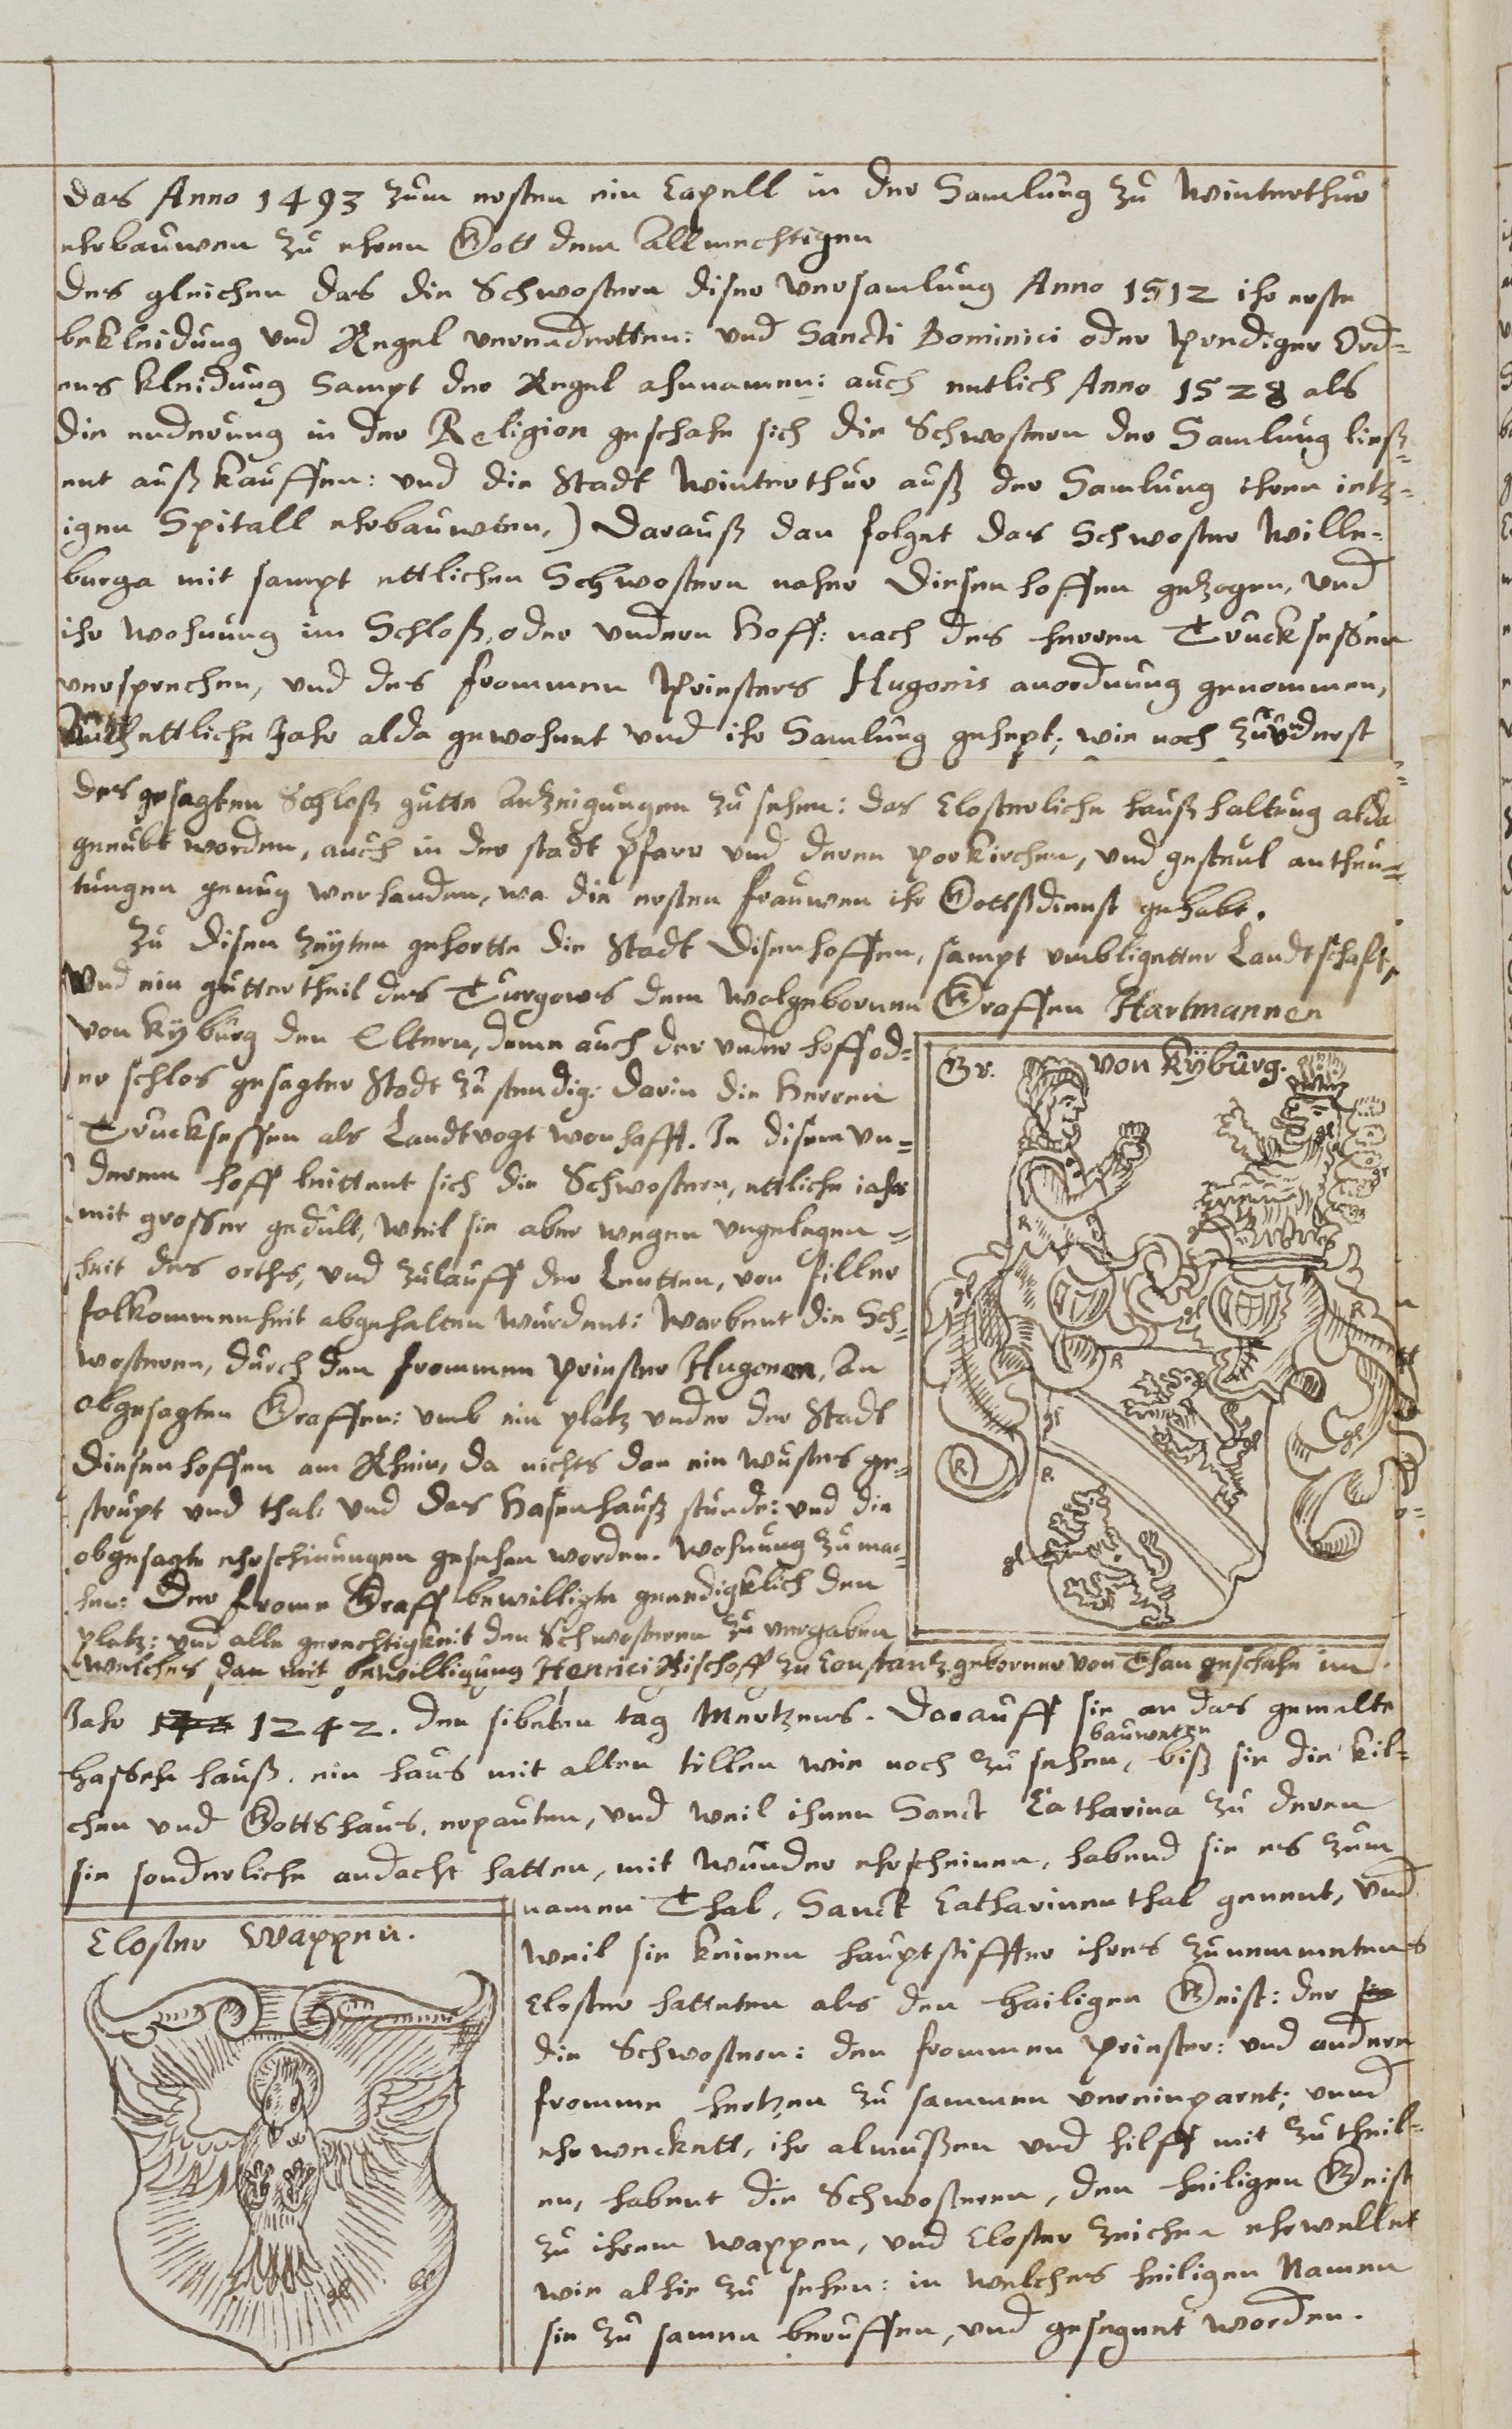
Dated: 1614–1638